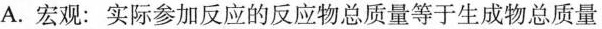
A.宏观：实际参加反应的反应物总质量等于生成物总质量